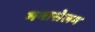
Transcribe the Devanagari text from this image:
मनासेलम